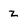
Character: z